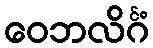
ဝေဘလိင်္ဂံ